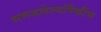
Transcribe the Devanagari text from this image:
समजलेल्यांपैकींच